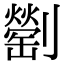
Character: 𠠜